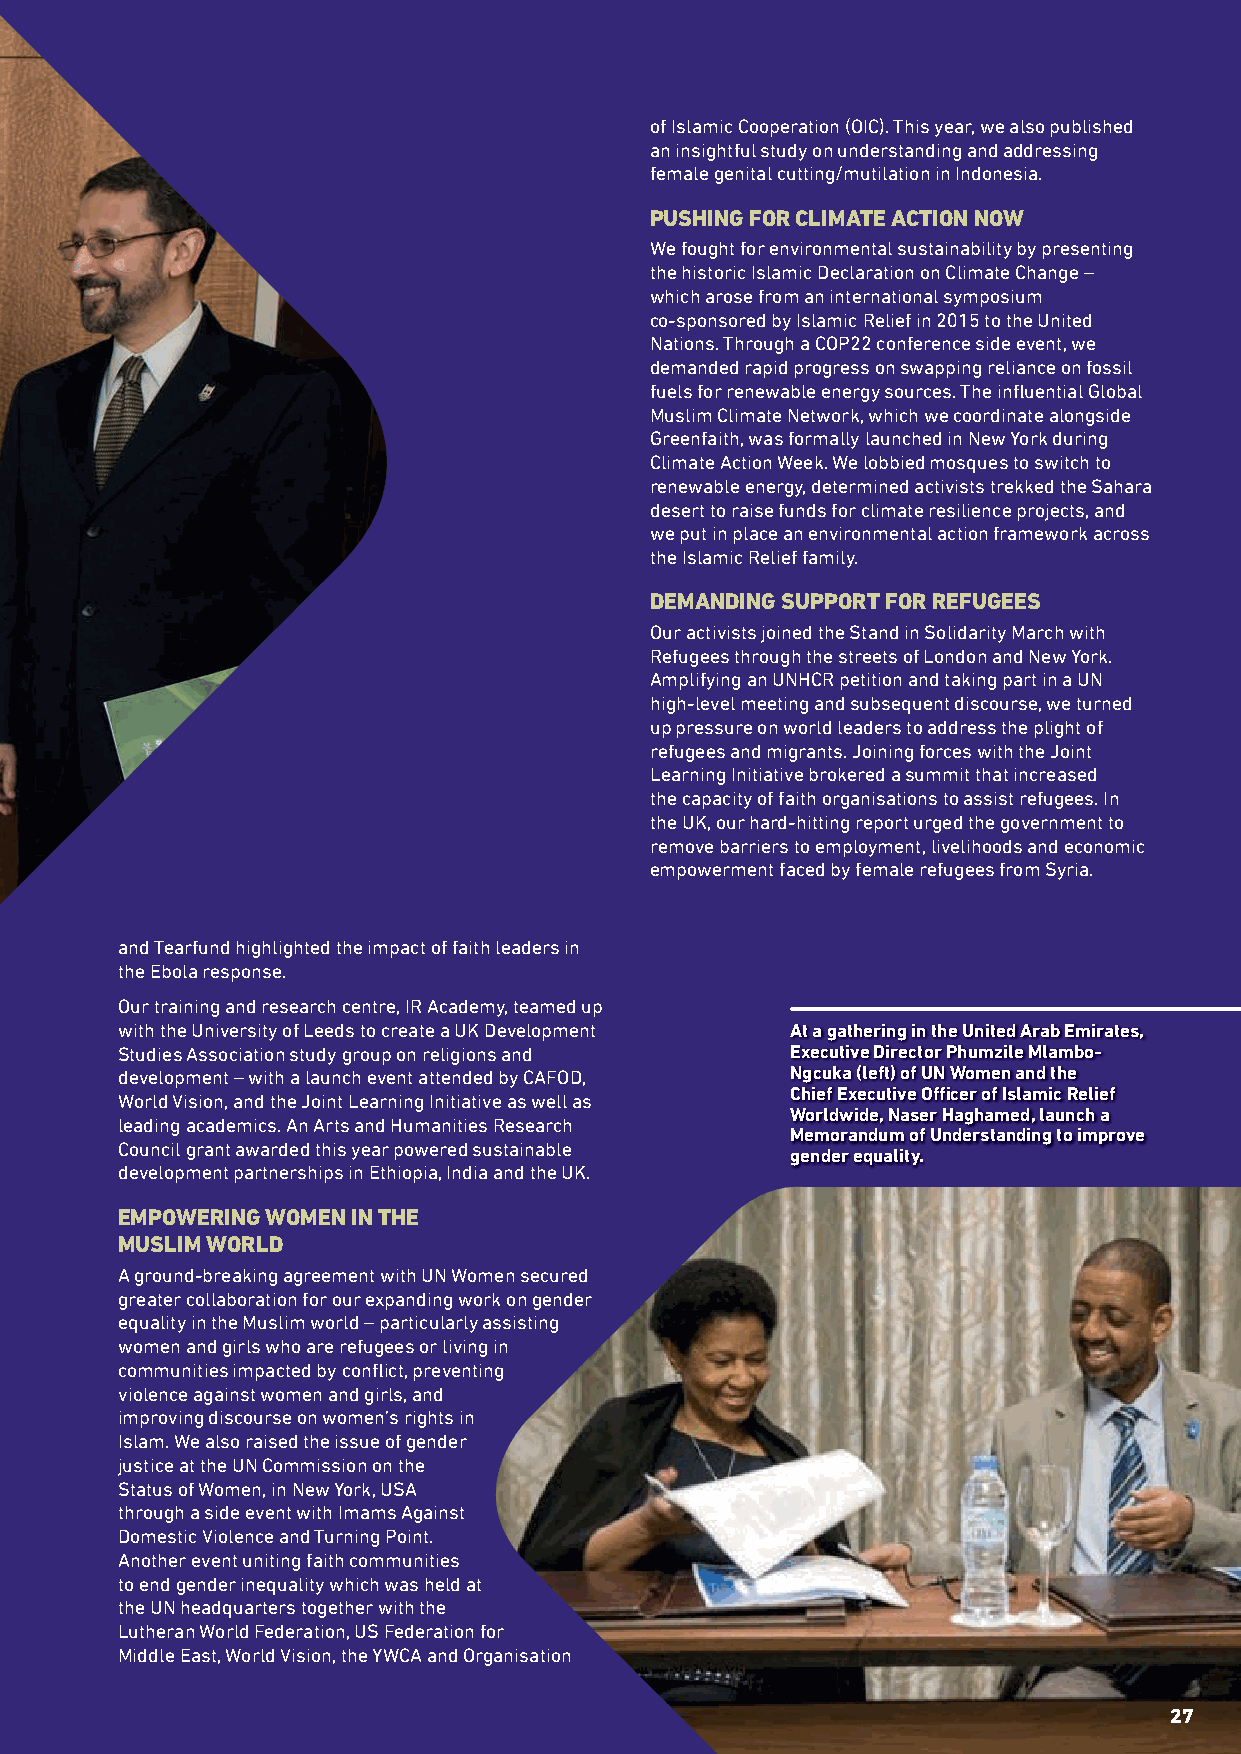
of Islamic Cooperation (OIC). This year, we also published
 an insightful study on understanding and addressing
 female genital cutting/mutilation in Indonesia.
 PUSHING FOR CLIMATE ACTION NOW
 We fought for environmental sustainability by presenting
 the historic Islamic Declaration on Climate Change –
 which arose from an international symposium
 co-sponsored by Islamic Relief in 2015 to the United
 Nations. Through a COP22 conference side event, we
 demanded rapid progress on swapping reliance on fossil
 fuels for renewable energy sources. The infl uential Global
 Muslim Climate Network, which we coordinate alongside
 Greenfaith, was formally launched in New York during
 Climate Action Week. We lobbied mosques to switch to
 renewable energy, determined activists trekked the Sahara
 desert to raise funds for climate resilience projects, and
 we put in place an environmental action framework across
 the Islamic Relief family.
 DEMANDING SUPPORT FOR REFUGEES
 Our activists joined the Stand in Solidarity March with
 Refugees through the streets of London and New York.
 Amplifying an UNHCR petition and taking part in a UN
 high-level meeting and subsequent discourse, we turned
 up pressure on world leaders to address the plight of
 refugees and migrants. Joining forces with the Joint
 Learning Initiative brokered a summit that increased
 the capacity of faith organisations to assist refugees. In
 the UK, our hard-hitting report urged the government to
 remove barriers to employment, livelihoods and economic
 empowerment faced by female refugees from Syria.
 and Tearfund highlighted the impact of faith leaders in
 the Ebola response.
 Our training and research centre, IR Academy, teamed up
 with the University of Leeds to create a UK Development At a gathering in the United Arab Emirates,
 Studies Association study group on religions and Executive Director Phumzile Mlambo-
 development – with a launch event attended by CAFOD, Ngcuka (left) of UN Women and the
 Chief Executive Offi cer of Islamic Relief
 World Vision, and the Joint Learning Initiative as well as
 Worldwide, Naser Haghamed, launch a
 leading academics. An Arts and Humanities Research
 Memorandum of Understanding to improve
 Council grant awarded this year powered sustainable
 gender equality.
 development partnerships in Ethiopia, India and the UK.
 EMPOWERING WOMEN IN THE
 MUSLIM WORLD
 A ground-breaking agreement with UN Women secured
 greater collaboration for our expanding work on gender
 equality in the Muslim world – particularly assisting
 women and girls who are refugees or living in
 communities impacted by confl ict, preventing
 violence against women and girls, and
 improving discourse on women’s rights in
 Islam. We also raised the issue of gender
 justice at the UN Commission on the
 Status of Women, in New York, USA
 through a side event with Imams Against
 Domestic Violence and Turning Point.
 Another event uniting faith communities
 to end gender inequality which was held at
 the UN headquarters together with the
 Lutheran World Federation, US Federation for
 Middle East, World Vision, the YWCA and Organisation
 27